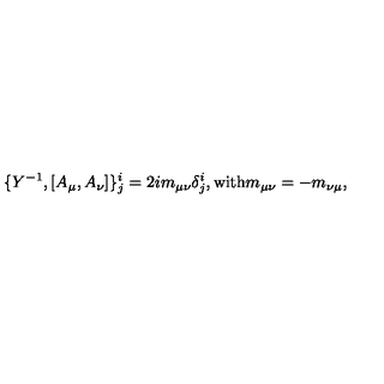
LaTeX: \{ Y ^ { - 1 } , [ A _ { \mu } , A _ { \nu } ] \} _ { j } ^ { i } = 2 i m _ { \mu \nu } \delta _ { j } ^ { i } , \mathrm { w i t h } m _ { \mu \nu } = - m _ { \nu \mu } ,